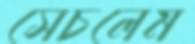
সেচলেম